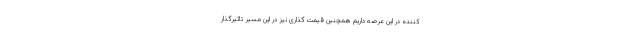
کننده در این عرصه داریم همچنین قیمت گذاری نیز در این مسیر تاثیرگذار